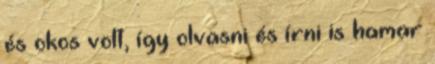
és okos volt, így olvasni és írni is hamar